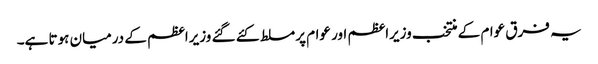
یہ فرق عوام کے منتخب وزیراعظم اور عوام پر مسلط کئے گئے وزیراعظم کے درمیان ہوتا ہے۔